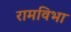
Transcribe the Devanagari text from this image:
रामविभा